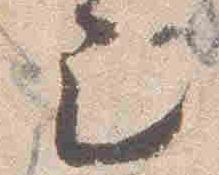
巳